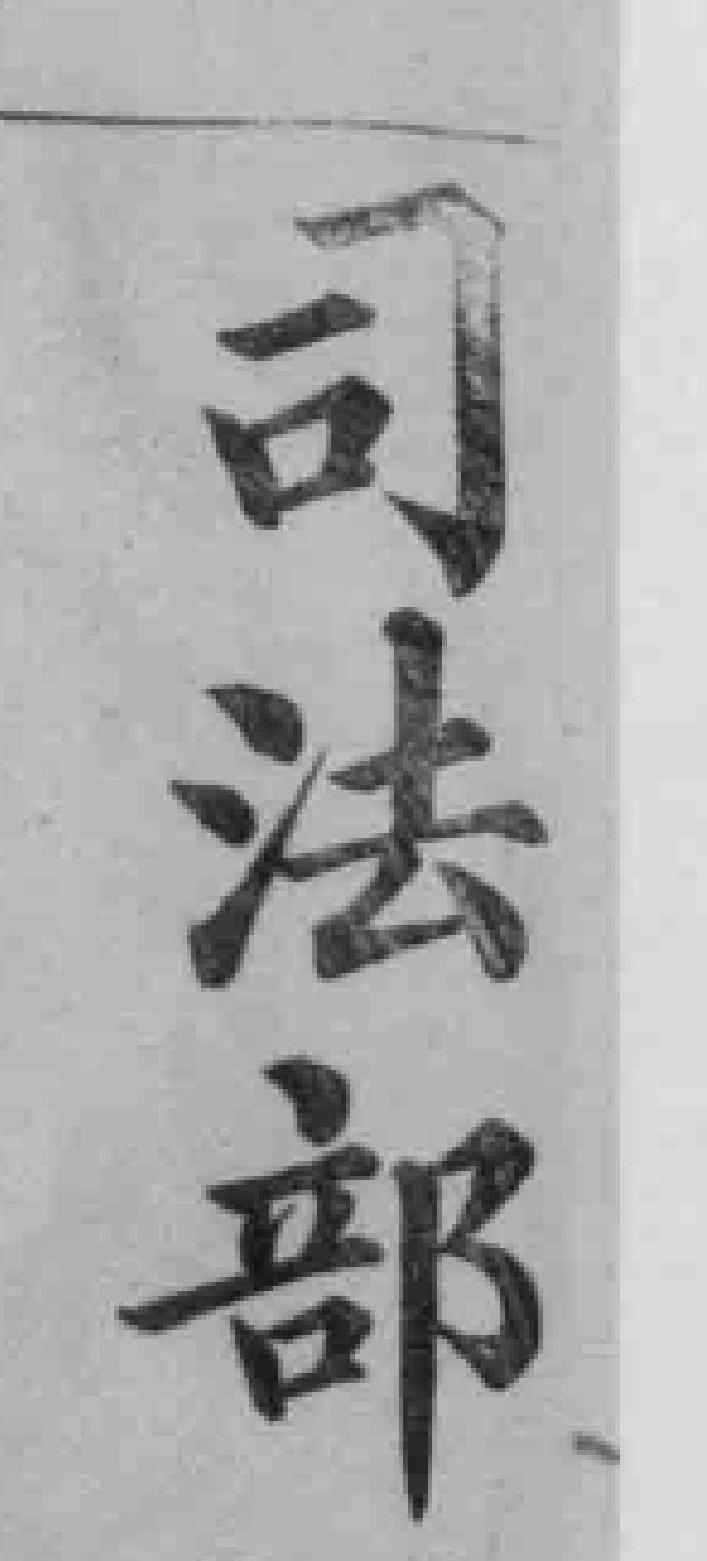
司法部